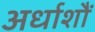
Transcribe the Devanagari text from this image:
अर्धाशौं